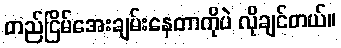
တည်ငြိမ်အေးချမ်းနေတာကိုပဲ လိုချင်တယ်။